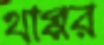
থাপ্পর